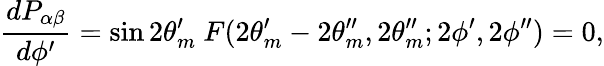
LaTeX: {\frac{dP_{\alpha\beta}}{d\phi^{\prime}}}=\sin 2\theta_{m}^{\prime}~F(2\theta_{m}^{\prime}-2\theta_{m}^{\prime\prime},2\theta_{m}^{\prime\prime};2\phi^{\prime},2\phi^{\prime\prime})=0,